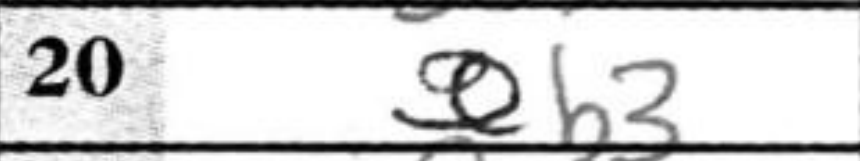
Transcription: Qb3